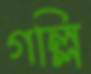
গল্লি